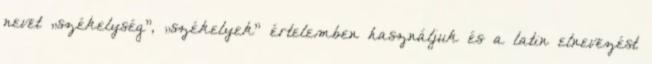
nevet „székelység”, „székelyek” értelemben használjuk és a latin elnevezést